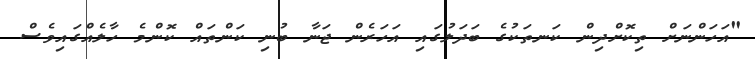
"އަހަންނަށް ތިކޮށްދިން ކަނތަކުގެ ބަދަލުގައި އަހަރެން ޖަނާ ބުނި ކަންތައް ކޮންމެ ހާލެއްގައިވެސް